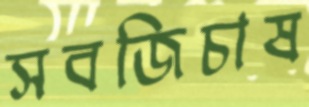
সবজিচাষ